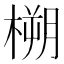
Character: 㮶